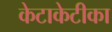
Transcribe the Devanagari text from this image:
केटाकेटीका